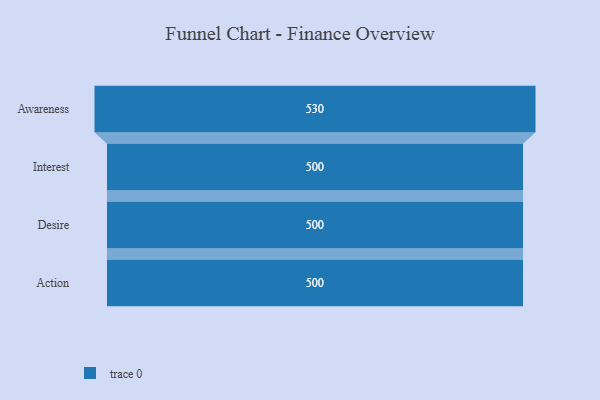
{"axis": {"x": "Stage", "y": "Value"}, "legend": [""], "data": [{"x": "Awareness", "y": 530.0, "type": ""}, {"x": "Interest", "y": 500, "type": ""}, {"x": "Desire", "y": 500, "type": ""}, {"x": "Action", "y": 500, "type": ""}]}